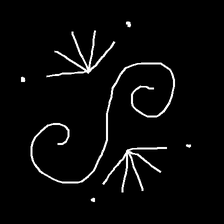
Glyph: aeroform